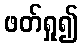
ဖတ်ရှု၍